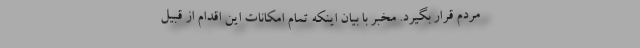
مردم قرار بگیرد. مخبر با بیان اینکه تمام امکانات این اقدام از قبیل